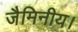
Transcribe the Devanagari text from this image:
जैमिनीय।